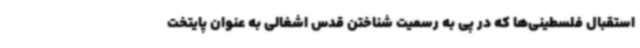
استقبال فلسطینی‌ها که در پی به رسمیت شناختن قدس اشغالی به عنوان پایتخت